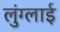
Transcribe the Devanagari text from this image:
लुंग्लाई